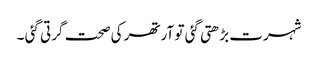
شہرت بڑھتی گئی تو آرتھر کی صحت گرتی گئی ۔